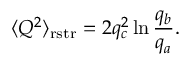
\langle Q ^ { 2 } \rangle _ { \mathrm { r s t r } } = 2 q _ { c } ^ { 2 } \ln \frac { q _ { b } } { q _ { a } } .